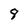
Character: 8